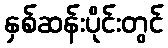
နှစ်ဆန်းပိုင်းတွင်